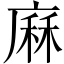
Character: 𢊆